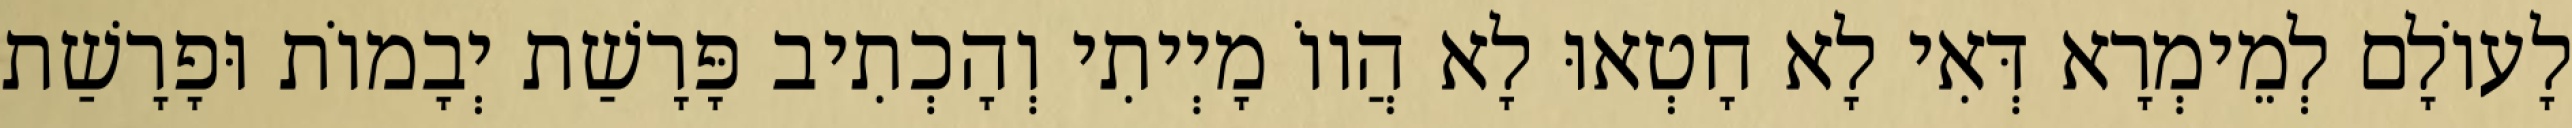
לָעוֹלָם לְמֵימְרָא דְּאִי לָא חָטְאוּ לָא הֲווֹ מָיְיתִי וְהָכְתִיב פָּרָשַׁת יְבָמוֹת וּפָרָשַׁת